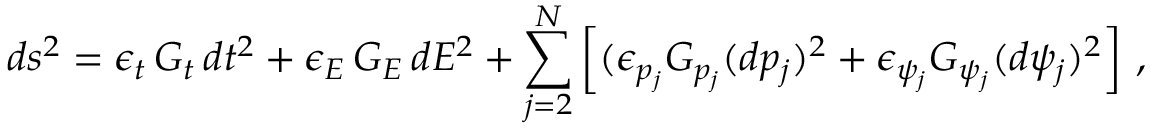
d s ^ { 2 } = \epsilon _ { t } \, G _ { t } \, d t ^ { 2 } + \epsilon _ { E } \, G _ { E } \, d E ^ { 2 } + \sum _ { j = 2 } ^ { N } \left[ ( \epsilon _ { p _ { j } } G _ { p _ { j } } ( d p _ { j } ) ^ { 2 } + \epsilon _ { \psi _ { j } } G _ { \psi _ { j } } ( d \psi _ { j } ) ^ { 2 } \right] \, ,